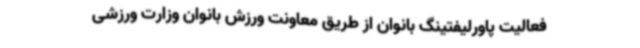
فعالیت پاورلیفتینگ بانوان از طریق معاونت ورزش بانوان وزارت ورزشی